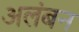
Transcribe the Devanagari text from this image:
अलंबन